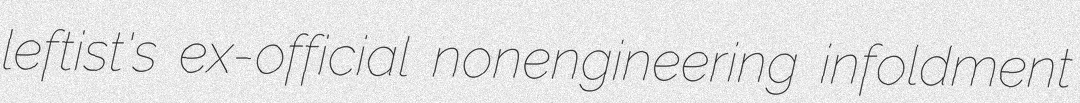
leftist's ex-official nonengineering infoldment